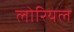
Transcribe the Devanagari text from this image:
लोरियल